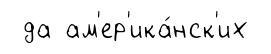
да ам'ер'ика́нск'их